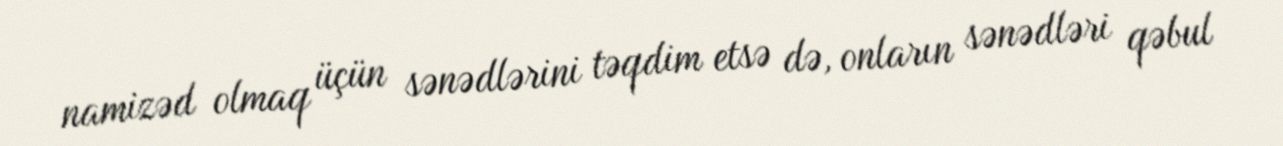
namizəd olmaq üçün sənədlərini təqdim etsə də, onların sənədləri qəbul